Plague in India, 1896, 1897 - Volume 2
Year: 1896
Disease focus: Plague
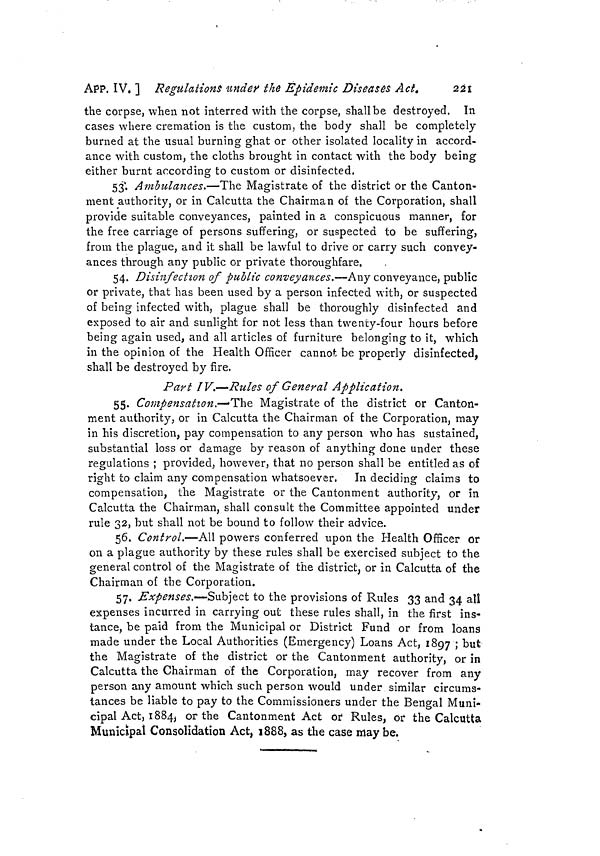
APP. IV. ] Regulations under the Epidemic Diseases Act.
221
the corpse, when not interred with the corpse, shall be destroyed. In
cases where cremation is the custom, the body shall be completely
burned at the usual burning ghat or other isolated locality in accord-
ance with custom, the cloths brought in contact with the body being
either burnt according to custom or disinfected.
53. Ambulances.—The Magistrate of the district or the Canton-
ment authority, or in Calcutta the Chairman of the Corporation, shall
provide suitable conveyances, painted in a conspicuous manner, for
the free carriage of persons suffering, or suspected to be suffering,
from the plague, and it shall be lawful to drive or carry such convey-
ances through any public or private thoroughfare.
54. Disinfection of public conveyances.—Any conveyance, public
or private, that has been used by a person infected with, or suspected
of being infected with, plague shall be thoroughly disinfected and
exposed to air and sunlight for not less than twenty-four hours before
being again used, and all articles of furniture belonging to it, which
in the opinion of the Health Officer cannot be properly disinfected,
shall be destroyed by fire.
Part IV.—Rules of General Application.
55. Compensation.—The Magistrate of the district or Canton-
ment authority, or in Calcutta the Chairman of the Corporation, may
in his discretion, pay compensation to any person who has sustained,
substantial loss or damage by reason of anything done under these
regulations ; provided, however, that no person shall be entitled as of
right to claim any compensation whatsoever.
In deciding claims to
compensation, the Magistrate or the Cantonment authority, or in
Calcutta the Chairman, shall consult the Committee appointed under
rule 32, but shall not be bound to follow their advice.
56. Control.—All powers conferred upon the Health Officer or
on a plague authority by these rules shall be exercised subject to the
general control of the Magistrate of the district, or in Calcutta of the
Chairman of the Corporation.
57. Expenses.—Subject to the provisions of Rules 33 and 34 all
expenses incurred in carrying out these rules shall, in the first ins-
tance, be paid from the Municipal or District Fund or from loans
made under the Local Authorities (Emergency) Loans Act, 1897 ; but
the Magistrate of the district or the Cantonment authority, or in
Calcutta the Chairman of the Corporation, may recover from any
person any amount which such person would under similar circums-
tances be liable to pay to the Commissioners under the Bengal Muni-
cipal Act, 1884, or the Cantonment Act or 1 Rules, or the Calcutta
Municipal Consolidation Act, 1888, as the case may be,